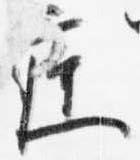
庭